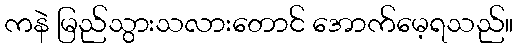
ကနဲ မြည်သွားသလားတောင် အောက်မေ့ရသည်။